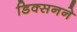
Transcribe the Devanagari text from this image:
डिक्सनने